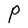
Character: P